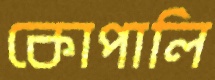
কোপালি